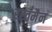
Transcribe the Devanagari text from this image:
रस्तमैन